V__Kingissepa_nim__kolhoos, lk 29
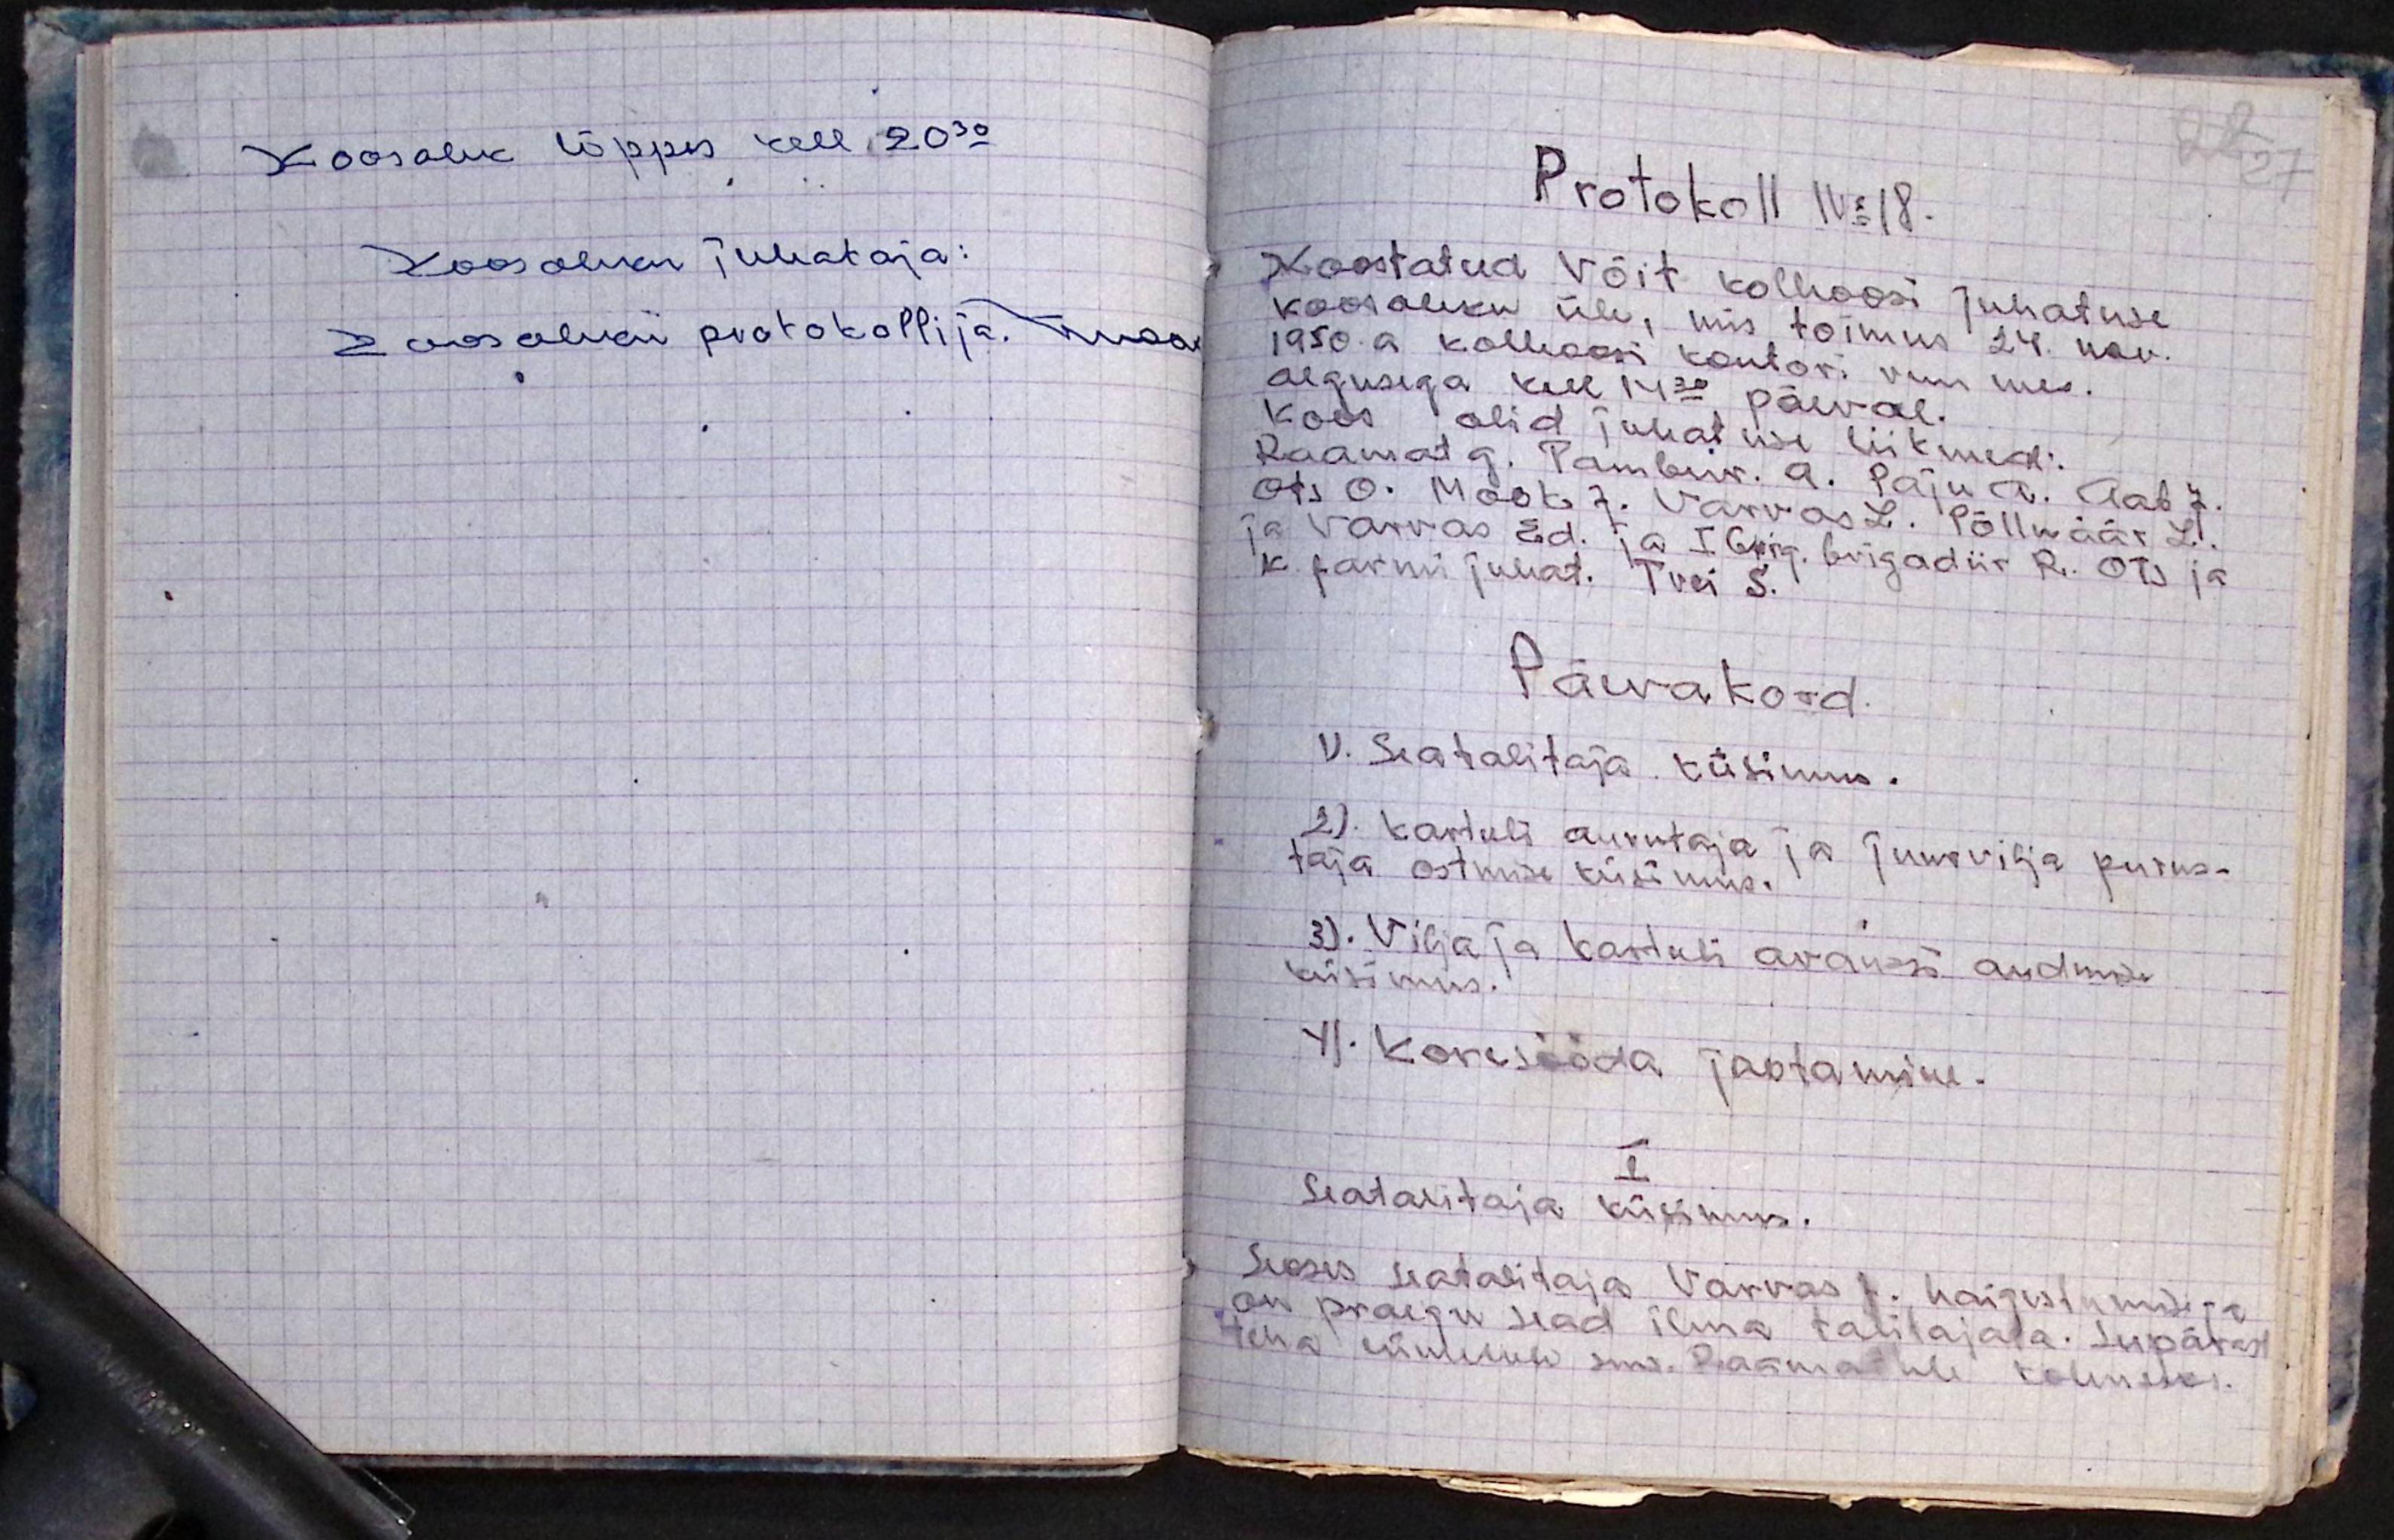
Koosolek lõppes kell 20.30
Koosoleku juhataja:
Koosoleku protokollija. Mook

Protokoll No 18.
Koostatud Võit kolhoosi juhatuse
koosoleku üle, mis toimus 24. nov.
1950.a kolhoosi kontori ruumes.
Algusega kell 14.30 päeval.
Koos olid juhatuse liikmed:
Raamat G. Tambur. A. Paju A. Aab J.
Ots O. Mook. J. Varvas L. Põlluäär L.
ja Varvas Ed. ja I. brig. brigadiir R. Ots ja
k. farmi juhat. Tvei S.
Päevakord
1). Seatalitaja küsimus.
2). Kartuli aurutaja ja juurvilja purus-
taja ostmise küsimus.
3). Vilja ja kartuli avanssi andmise
küsimus.
4). Koresööda jaotamine.
I
Seatalitaja küsimus.
Seoses seatalitaja Varvas J. haigestumisega
on praegu sead ilma talitajata. Seepärast
teha esimehele sm. Raamatule kohustus.